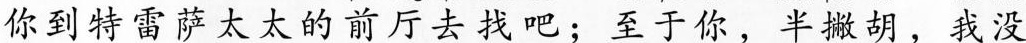
你到特雷萨太太的前厅去找吧;至于你，半撇胡，我没